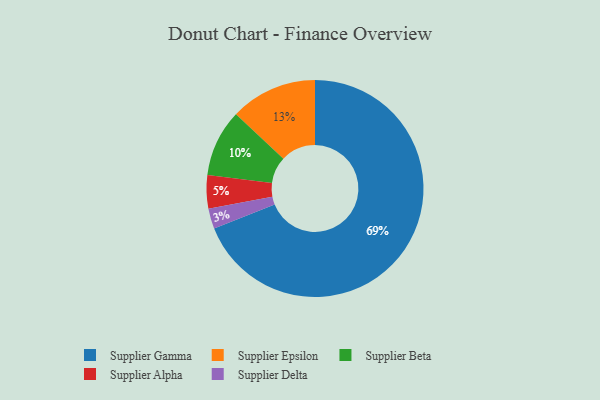
{"axis": {"x": "Category", "y": "Percentage"}, "legend": ["Supplier Alpha", "Supplier Beta", "Supplier Delta", "Supplier Epsilon", "Supplier Gamma"], "data": [{"x": "Supplier Delta", "y": 3, "type": "Supplier Delta"}, {"x": "Supplier Gamma", "y": 69, "type": "Supplier Gamma"}, {"x": "Supplier Alpha", "y": 5, "type": "Supplier Alpha"}, {"x": "Supplier Epsilon", "y": 13, "type": "Supplier Epsilon"}, {"x": "Supplier Beta", "y": 10, "type": "Supplier Beta"}]}